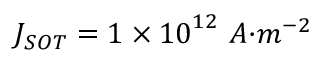
J _ { { S O T } } = 1 \times { 1 0 } ^ { 1 2 } \ { A } { { · } } { { m } } ^ { { - 2 } }